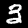
Digit: 3